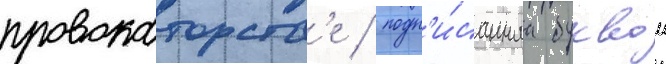
провокаторств'е / подп'и́саннаа буквои